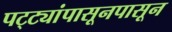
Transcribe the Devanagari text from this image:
पट्ट्यांपासूनपासून